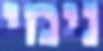
נימי